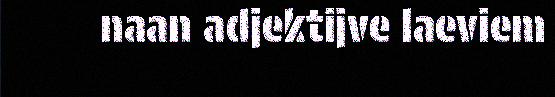
naan adjektijve laeviem